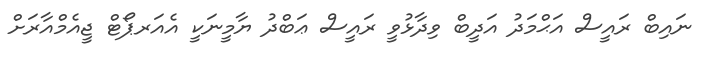
ނައިބް ރައީސް އަޙްމަދު އަދީބް ވިދާޅުވީ ރައީސް ޢަބްދު ޔާމީނަކީ އެއަރޕޯޓް ޖީއެމްއާރަށް